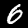
Digit: 6